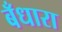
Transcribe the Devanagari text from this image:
बँधारा